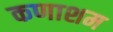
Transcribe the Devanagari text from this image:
कणाशम